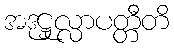
အဒုဋ္ဌုလ္လာပတ္တီတိ